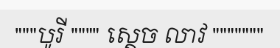
"""បូរី """" ស្តេច លាវ """""""